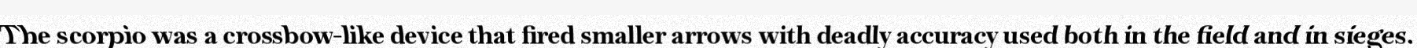
The scorpio was a crossbow-like device that fired smaller arrows with deadly accuracy used both in the field and in sieges.